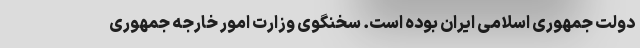
دولت جمهوری اسلامی ایران بوده است. سخنگوی وزارت امور خارجه جمهوری